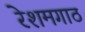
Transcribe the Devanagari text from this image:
रेशमगाठ